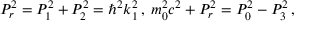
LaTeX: P _ { r } ^ { 2 } = P _ { 1 } ^ { 2 } + P _ { 2 } ^ { 2 } = \hbar ^ { 2 } k _ { 1 } ^ { 2 } \, , \; m _ { 0 } ^ { 2 } c ^ { 2 } + P _ { r } ^ { 2 } = P _ { 0 } ^ { 2 } - P _ { 3 } ^ { 2 } \, ,